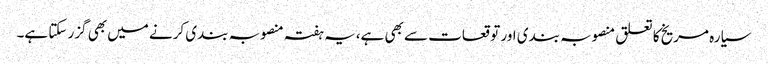
سیارہ مریخ کا تعلق منصوبہ بندی اور توقعات سے بھی ہے،یہ ہفتہ منصوبہ بندی کرنے میں بھی گزر سکتا ہے۔